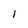
Character: l